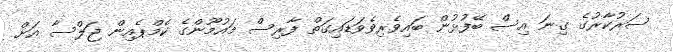
ސަރުކާރުގެ ގިނަ އިސް ބޭފުޅުން ބައިވެރިވެވަޑައިގަތް ފާރިސް މައުމޫންގެ ކެމްޕެއިން ޖަލްސާ އަށް